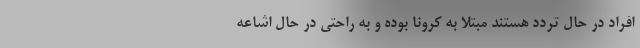
افراد در حال تردد هستند مبتلا به کرونا بوده و به راحتی در حال اشاعه